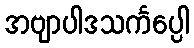
အဗျာပါဒသင်္ကပ္ပေါ